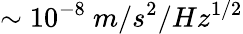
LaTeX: \sim 10^{-8}\ m/s^{2}/Hz^{1/2}